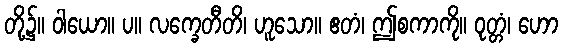
တို့၌။ ဝါယော။ ပ။ လက္ခေတီတိ၊ ဟူသော။ ဧတံ၊ ဤစကာကို။ ဝုတ္တံ၊ ဟော